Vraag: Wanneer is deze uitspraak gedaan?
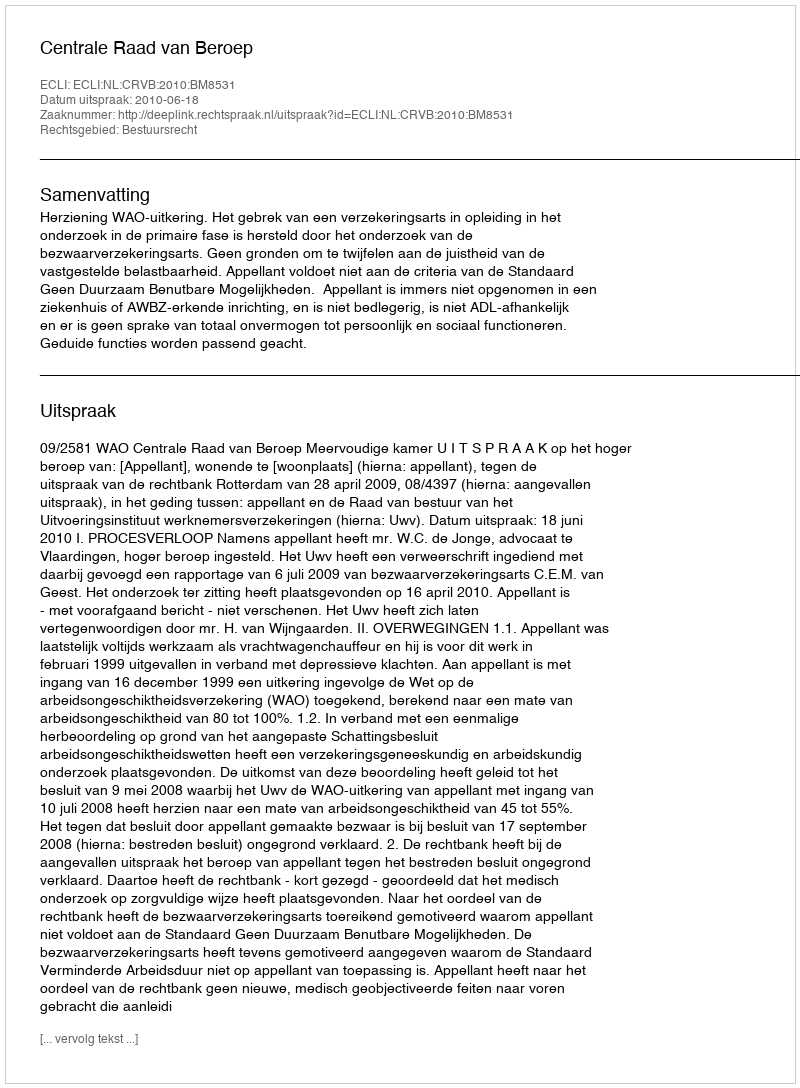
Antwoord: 2010-06-18